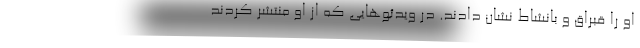
او را قبراق و بانشاط نشان دادند. در ویدئوهایی که از او منتشر کردند